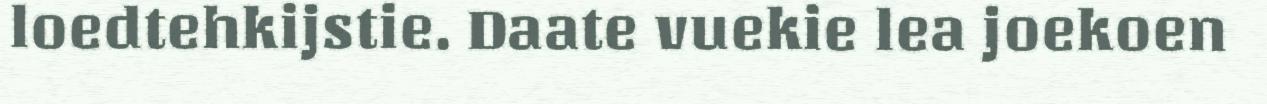
loedtehkijstie. Daate vuekie lea joekoen